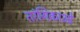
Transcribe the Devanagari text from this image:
तरंगिकाओं